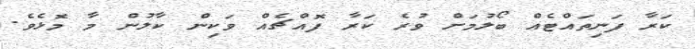
ކަރާ ފަނިތައްޓެއް ބޯލުމަށް ވުރެ ކަރާ ފޮއްޗެއް ވަކިން ކާލުން މާ މޮޅެވެ.